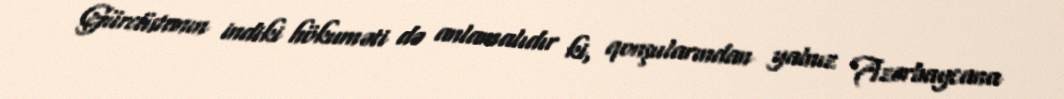
Gürcüstanın indiki hökuməti də anlamalıdır ki, qonşularından yalnız Azərbaycana